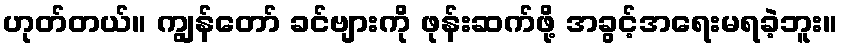
ဟုတ်တယ်။ ကျွန်တော် ခင်ဗျားကို ဖုန်းဆက်ဖို့ အခွင့်အရေးမရခဲ့ဘူး။